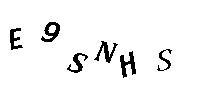
E9SNHS